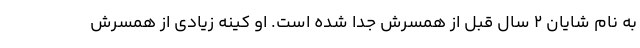
به نام شایان ۲ سال قبل از همسرش جدا شده است. او کینه زیادی از همسرش